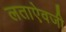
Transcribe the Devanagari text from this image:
लताऐवजी